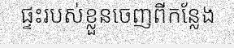
ផ្ទះរបស់ខ្លួនចេញពីកន្លែង